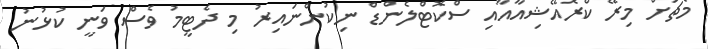
މެޗަށް މިރޭ ކްރޮއޭޝިއާއާއި ސްކޮޓްލެންޑް ނިކުންނައިރު މި ދެޓީމު ވެސް ވަނީ ކުޅުނު